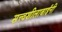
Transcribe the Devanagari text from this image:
सत्त्वशीलाबाईंनी